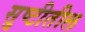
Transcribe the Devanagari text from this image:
सुष्टीतील